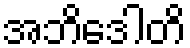
အဘိဒေါတိ